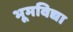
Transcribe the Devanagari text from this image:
भूमविद्या